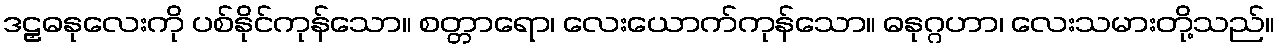
ဒဠှဓနုလေးကို ပစ်နိုင်ကုန်သော။ စတ္တာရော၊ လေးယောက်ကုန်သော။ ဓနုဂ္ဂဟာ၊ လေးသမားတို့သည်။